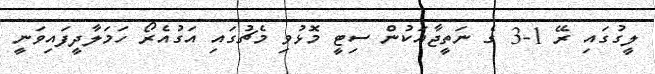
ލީގުގައި ރޭ 1-3 ގެ ނަތީޖާއަކުން ސިޓީ މޮޅުވި މެޗުގައި އަގުއެރޯ ހަމަލާދީފައިވަނީ